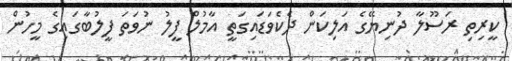
ކީރިތި ރަސޫލާ ދުނިޔޭގެ އަލިކަން ދެކެވަޑައިގަތީ އާމުލް ފީލު ނުވަތަ ފީލުބާގައިގެ މީހުން